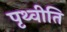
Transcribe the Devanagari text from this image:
पृथ्वीति